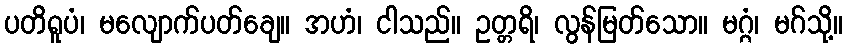
ပတိရူပံ၊ မလျောက်ပတ်ချေ။ အဟံ၊ ငါသည်။ ဥတ္တရိ၊ လွန်မြတ်သော။ မဂ္ဂံ၊ မဂ်သို့။